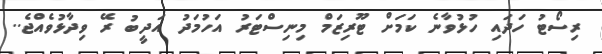
ރިސޯޓު ހަދައި ހުޅުވާނެ ކަމަށް ޓޫރިޒަމް މިނިސްޓަރު އަހުމަދު އަދީބު ރޭ ވިދާޅުވެއްޖެ..